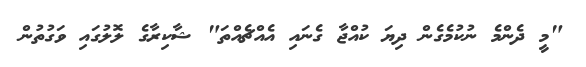
"މީ ދެންމެ ނުކުމެގެން ދިޔަ ކުއްޖާ ގެނައި އެއްޗެއްތަ" ޝާކިރާގެ ލޮލުގައި ވަގުތުން